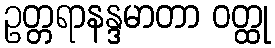
ဥတ္တရာနန္ဒမာတာ ဝတ္ထု